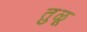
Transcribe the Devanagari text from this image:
तु़ळू